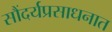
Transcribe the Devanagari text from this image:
सौंदर्यप्रसाधनात